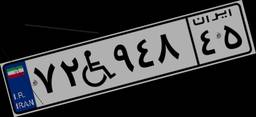
۲۶W۹۲۶۹۶